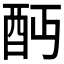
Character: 𨟺